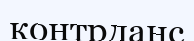
контрданс